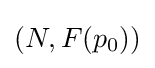
(N,F(p_{0}))